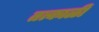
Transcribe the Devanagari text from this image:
तत्काळीं